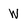
Character: W